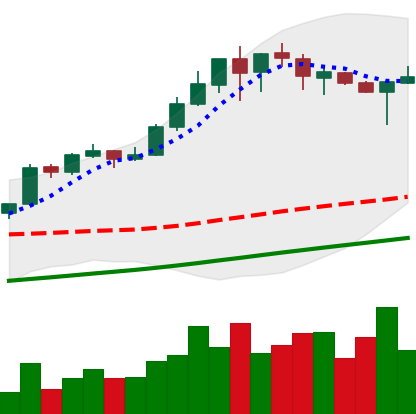
Ticker: BTC-USD
Chart end date: 2017-08-23
Forward return: 5.568%
Label: up_5_7